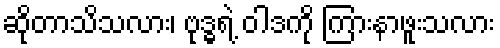
ဆိုတာသိသလား၊ ဗုဒ္ဓရဲ့ ဝါဒကို ကြားနာဖူးသလား